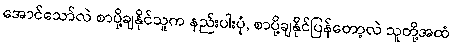
အောင်သော်လဲ စာပို့ချနိုင်သူက နည်းပါးပုံ, စာပို့ချနိုင်ပြန်တော့လဲ သူတို့အထံ